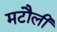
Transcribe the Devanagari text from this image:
मटौली